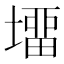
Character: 㙧